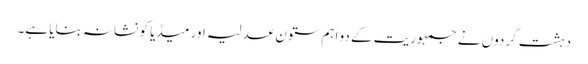
دہشت گردوں نے جمہوریت کے دو اہم ستون عدلیہ اور میڈیا کو نشانہ بنایا ہے۔